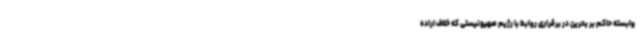
وابسته حاکم بر بحرین در برقراری روابط با رژیم صهیونیستی که خلاف اراده